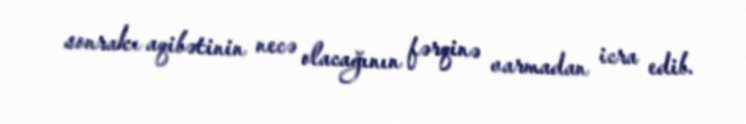
sonrakı aqibətinin necə olacağının fərqinə varmadan icra edib.